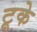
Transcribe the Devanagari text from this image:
टूके